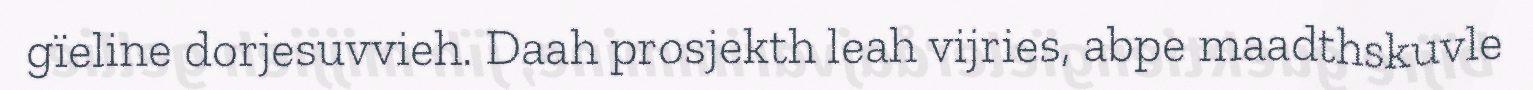
gïeline dorjesuvvieh. Daah prosjekth leah vijries, abpe maadthskuvle